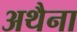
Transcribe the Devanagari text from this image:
अथैना